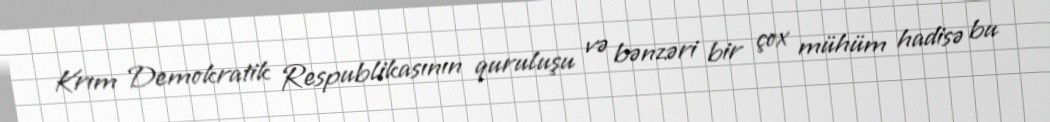
Krım Demokratik Respublikasının quruluşu və bənzəri bir çox mühüm hadisə bu